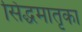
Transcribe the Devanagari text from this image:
सिद्धमातृका